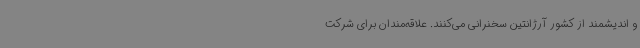
و اندیشمند از کشور آرژانتین سخنرانی می‌کنند. علاقه‌مندان برای شرکت